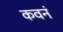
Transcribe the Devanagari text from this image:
कवनं